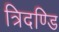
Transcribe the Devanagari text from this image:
त्रिदण्डि